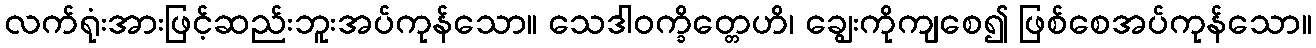
လက်ရုံးအားဖြင့်ဆည်းဘူးအပ်ကုန်သော။ သေဒါဝက္ခိတ္တေဟိ၊ ချွေးကိုကျစေ၍ ဖြစ်စေအပ်ကုန်သော။